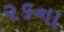
૨૬ના